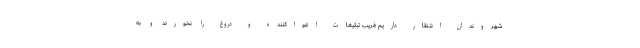
شهروندان انتظار داریم فریب تبلیغات اغواکننده و دروغ را نخورند و به